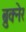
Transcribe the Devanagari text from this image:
ब्रुक्नेर